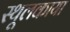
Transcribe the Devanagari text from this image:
स्थूलकाया